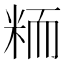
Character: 粫